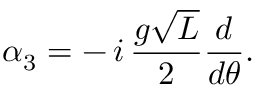
\alpha _ { 3 } = - \, i \, { \frac { g \sqrt L } { 2 } } { \frac { d } { d \theta } } .